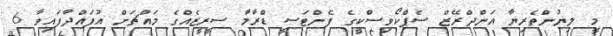
މީ ލިޔުންތެރިޔާ އަންދްރޭޒް ސެޕްކޯވިސްކީގެ ފެންޓަސީ ޑްރާމާ ސީރީޒެއްގެ މައްޗަށް އުފައްދާފައިވާ 6